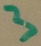
Text: 3